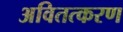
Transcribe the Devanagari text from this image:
अवितत्करण